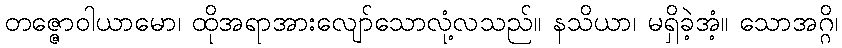
တဇ္ဇောဝါယာမော၊ ထိုအရာအားလျော်သောလုံ့လသည်။ နသိယာ၊ မရှိခဲ့အံ့။ သောအဂ္ဂိ၊